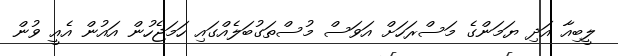
ލީބިއާ އަދި ޔަމަންގެ މަސްރަހަށް އަވަސް މުސްތަގުބަލެއްގައި ހަމަޖެހުން އައުން އެއީ ވުން